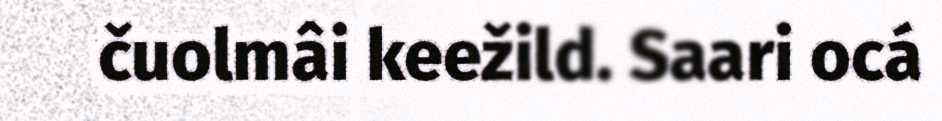
čuolmâi keežild. Saari ocá